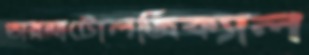
ডারমাটোলজিক্যাল